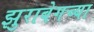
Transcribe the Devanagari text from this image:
झुराबेगच्या